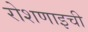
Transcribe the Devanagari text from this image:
रोशणाइची